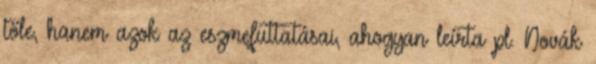
tőle, hanem azok az eszmefuttatásai, ahogyan leírta pl. Novák